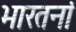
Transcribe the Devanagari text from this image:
भारतनां